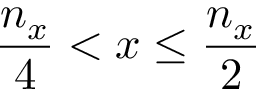
\frac { n _ { x } } { 4 } < x \leq \frac { n _ { x } } { 2 }